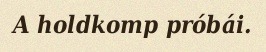
A holdkomp próbái.